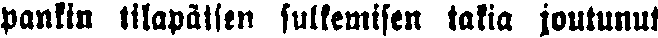
pankin tilapäisen sulkemisen takia joutunut